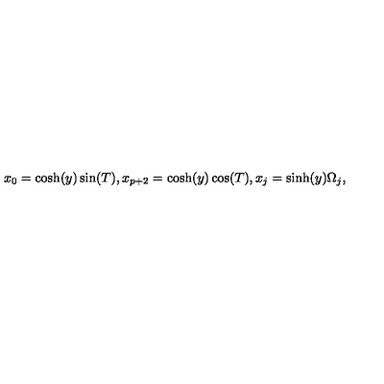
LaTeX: x _ { 0 } = \cosh ( y ) \sin ( T ) , x _ { p + 2 } = \cosh ( y ) \cos ( T ) , x _ { j } = \sinh ( y ) \Omega _ { j } ,